Lunatic asylums in Bengal annual reports 1912-1924 - 1912-1924
Year: 1912
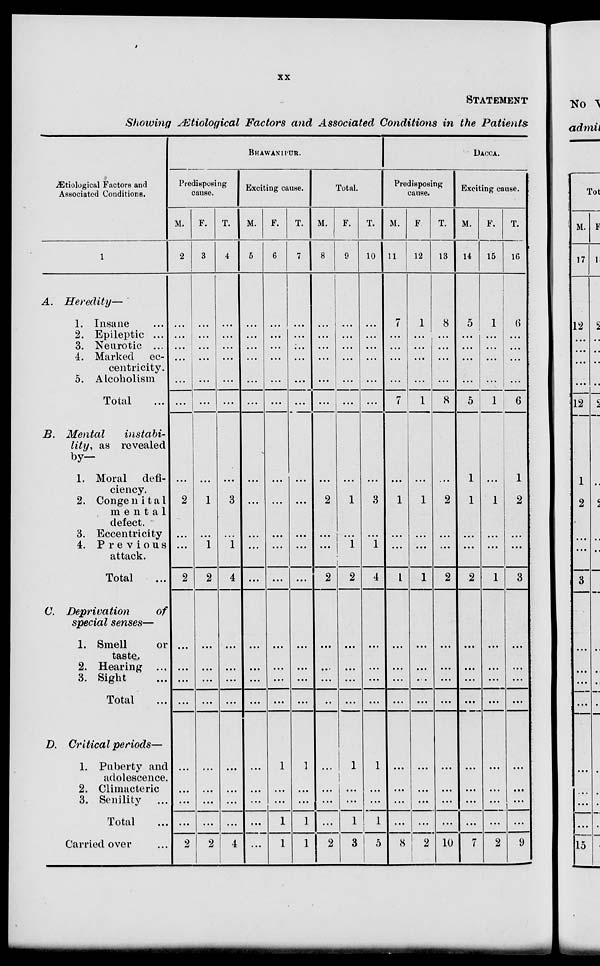
xx
STATEMENT
Showing Ætiological Factors and Associated Conditions in the Patients
Ætiological Factors and
Associated Conditions.
1
A.
Heredity—
1. Insane
2. Epileptic ...
3. Neurotic ...
4. Marked ec-
centricity.
5. Alcoholism
Total ...
B. Mental
instabi-
lity, as revealed
by–
1. Moral defi-
ciency.
2. Congenital
mental
defect.
3. Eccentricity
4. Previous
attack.
Total ...
C. Deprivation
of
special senses—
1. Smell
or
taste.
2. Hearing ...
3. Sight ...
Total ...
D. Critical periods—
1. Puberty and
adolescence.
2. Climacteric
3. Senility ...
Total ...
Carried over ...
BHAWANIPUR.
Predisposing
cause.
M.
2
...
...
...
...
...
...
...
2
...
...
2
...
...
...
...
...
...
...
...
2
F.
3
...
...
...
...
...
...
...
1
...
1
2
...
...
...
...
...
...
...
...
2
T.
4
...
...
...
...
...
...
...
3
...
1
4
...
...
...
...
...
...
...
...
4
Exciting cause.
M.
5
... .
...
...
...
...
...
...
...
....
...
...
...
...
...
...
...
...
...
...
...
F.
6
...
...
...
...
...
...
...
...
...
...
...
...
...
...
...
1
...
...
1
1
T.
7
...
...
...
...
...
...
...
...
...
...
...
...
...
...
...
1
...
...
1
1
Total.
M.
8
...
...
...
...
...
...
...
2
...
...
2
...
...
...
...
...
...
...
...
2
F.
9
...
...
...
...
...
...
...
1
...
1
2
...
...
...
...
1
...
...
1
3
T.
10
...
...
...
...
...
...
...
3
...
1
4
...
...
...
...
1
...
...
1
5
DACCA.
Predisposing
cause.
M.
11
7
...
...
...
...
7
...
1
...
...
1
...
...
...
...
...
...
...
. ..
8
F
12
1
...
...
...
...
1
...
1
...
...
1
...
...
...
...
...
...
...
...
2
T.
13
8
...
...
...
...
8
...
2
...
...
2
...
...
...
...
...
...
...
...
10
Exciting cause.
M.
14
5
...
...
...
...
5
1
1
...
...
2
...
...
...
...
...
...
...
...
7
F.
15
1
...
...
...
...
1
...
1
...
...
1
...
...
...
...
...
...
...
...
2
T.
16
6
...
...
...
...
6
1
2
...
...
3
...
...
...
...
...
...
...
...
9